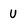
Character: U